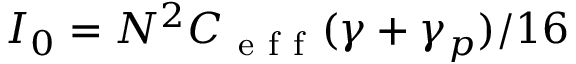
I _ { 0 } = N ^ { 2 } C _ { \mathrm { ~ e ~ f ~ f ~ } } ( \gamma + \gamma _ { p } ) / 1 6